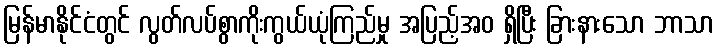
မြန်မာနိုင်ငံတွင် လွတ်လပ်စွာကိုးကွယ်ယုံကြည်မှု အပြည့်အဝ ရှိပြီး ခြားနားသော ဘာသာ